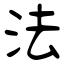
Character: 法